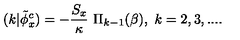
( k | \tilde { \phi } _ { x } ^ { c } ) = - { \frac { S _ { x } } { \kappa } } \ \Pi _ { k - 1 } ( \beta ) , \ k = 2 , 3 , . . . .